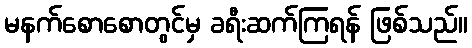
မနက်စောစောတွင်မှ ခရီးဆက်ကြရန် ဖြစ်သည်။